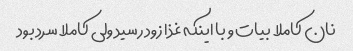
نان کاملا بیات و با اینکه غذا زود رسید ولی کاملا سرد بود